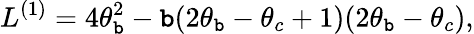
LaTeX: L^{(1)}=4\theta_{\mathtt{b}}^{2}-\mathtt{b}(2\theta_{\mathtt{b}}-\theta_{c}+1)(2\theta_{\mathtt{b}}-\theta_{c}),